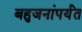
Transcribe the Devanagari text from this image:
बहुजनांपर्यंत